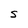
Character: S